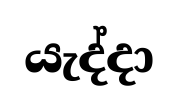
යැද්දා